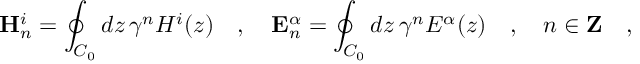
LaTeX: \mathbf { H } _ { n } ^ { i } = \oint _ { C _ { 0 } } d z \, \gamma ^ { n } H ^ { i } ( z ) \quad , \quad \mathbf { E } _ { n } ^ { \alpha } = \oint _ { C _ { 0 } } d z \, \gamma ^ { n } E ^ { \alpha } ( z ) \quad , \quad n \in \mathbf { Z } \quad ,